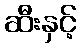
ဆီးနှင့်